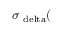
\sigma _ { \mathrm { \ d e l t a } } ( \